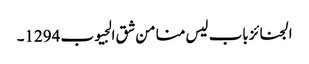
الجنائز باب لیس منا من شق الجیوب 1294۔